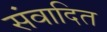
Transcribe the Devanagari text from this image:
संवादित